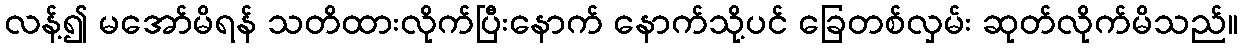
လန့်၍ မအော်မိရန် သတိထားလိုက်ပြီးနောက် နောက်သို့ပင် ခြေတစ်လှမ်း ဆုတ်လိုက်မိသည်။